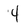
Character: 4